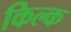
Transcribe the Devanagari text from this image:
किल्क